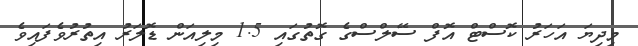
މިދިޔަ އަހަރު ކޮސްޓް އޮފް ސޭލްސްގެ ގޮތުގައި 1.5 މިލިއަން ޑޮލަރު އިތުރުވެފައިވެ